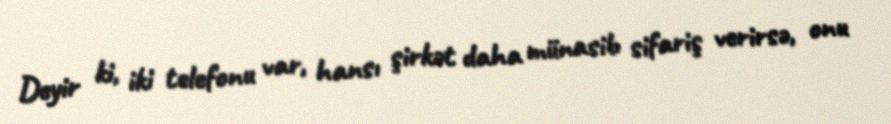
Deyir ki, iki telefonu var, hansı şirkət daha münasib sifariş verirsə, onu